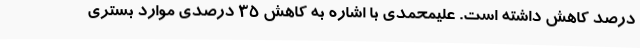
درصد کاهش داشته است. علیمحمدی با اشاره به کاهش 35 درصدی موارد بستری